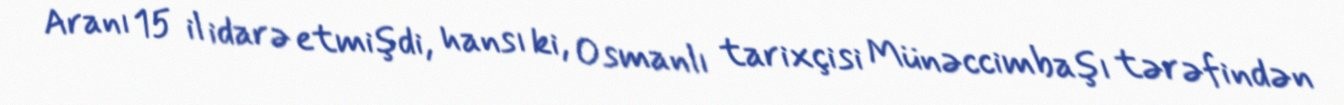
Aranı 15 il idarə etmişdi, hansı ki, Osmanlı tarixçisi Münəccimbaşı tərəfindən